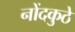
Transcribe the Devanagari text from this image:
नोंदकुठे